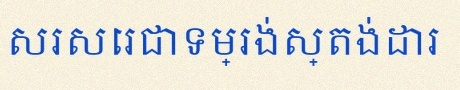
សរសេរជាទម្រង់ស្តង់ដារ